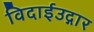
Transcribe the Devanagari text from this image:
विदाईउद्गार